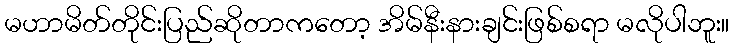
မဟာမိတ်တိုင်းပြည်ဆိုတာကတော့ အိမ်နီးနားချင်းဖြစ်စရာ မလိုပါဘူး။